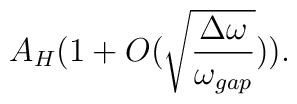
A_H (1 + O( \sqrt{{\Delta \omega} \over {\omega_{gap}}})).